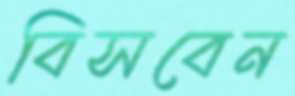
বিসবেন